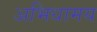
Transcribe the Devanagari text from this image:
अभिधामय